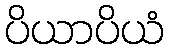
ပိယာပိယံ